65_HS1-834228961_62-HQ-83894_Section_1
Agency: FBI
Page 94
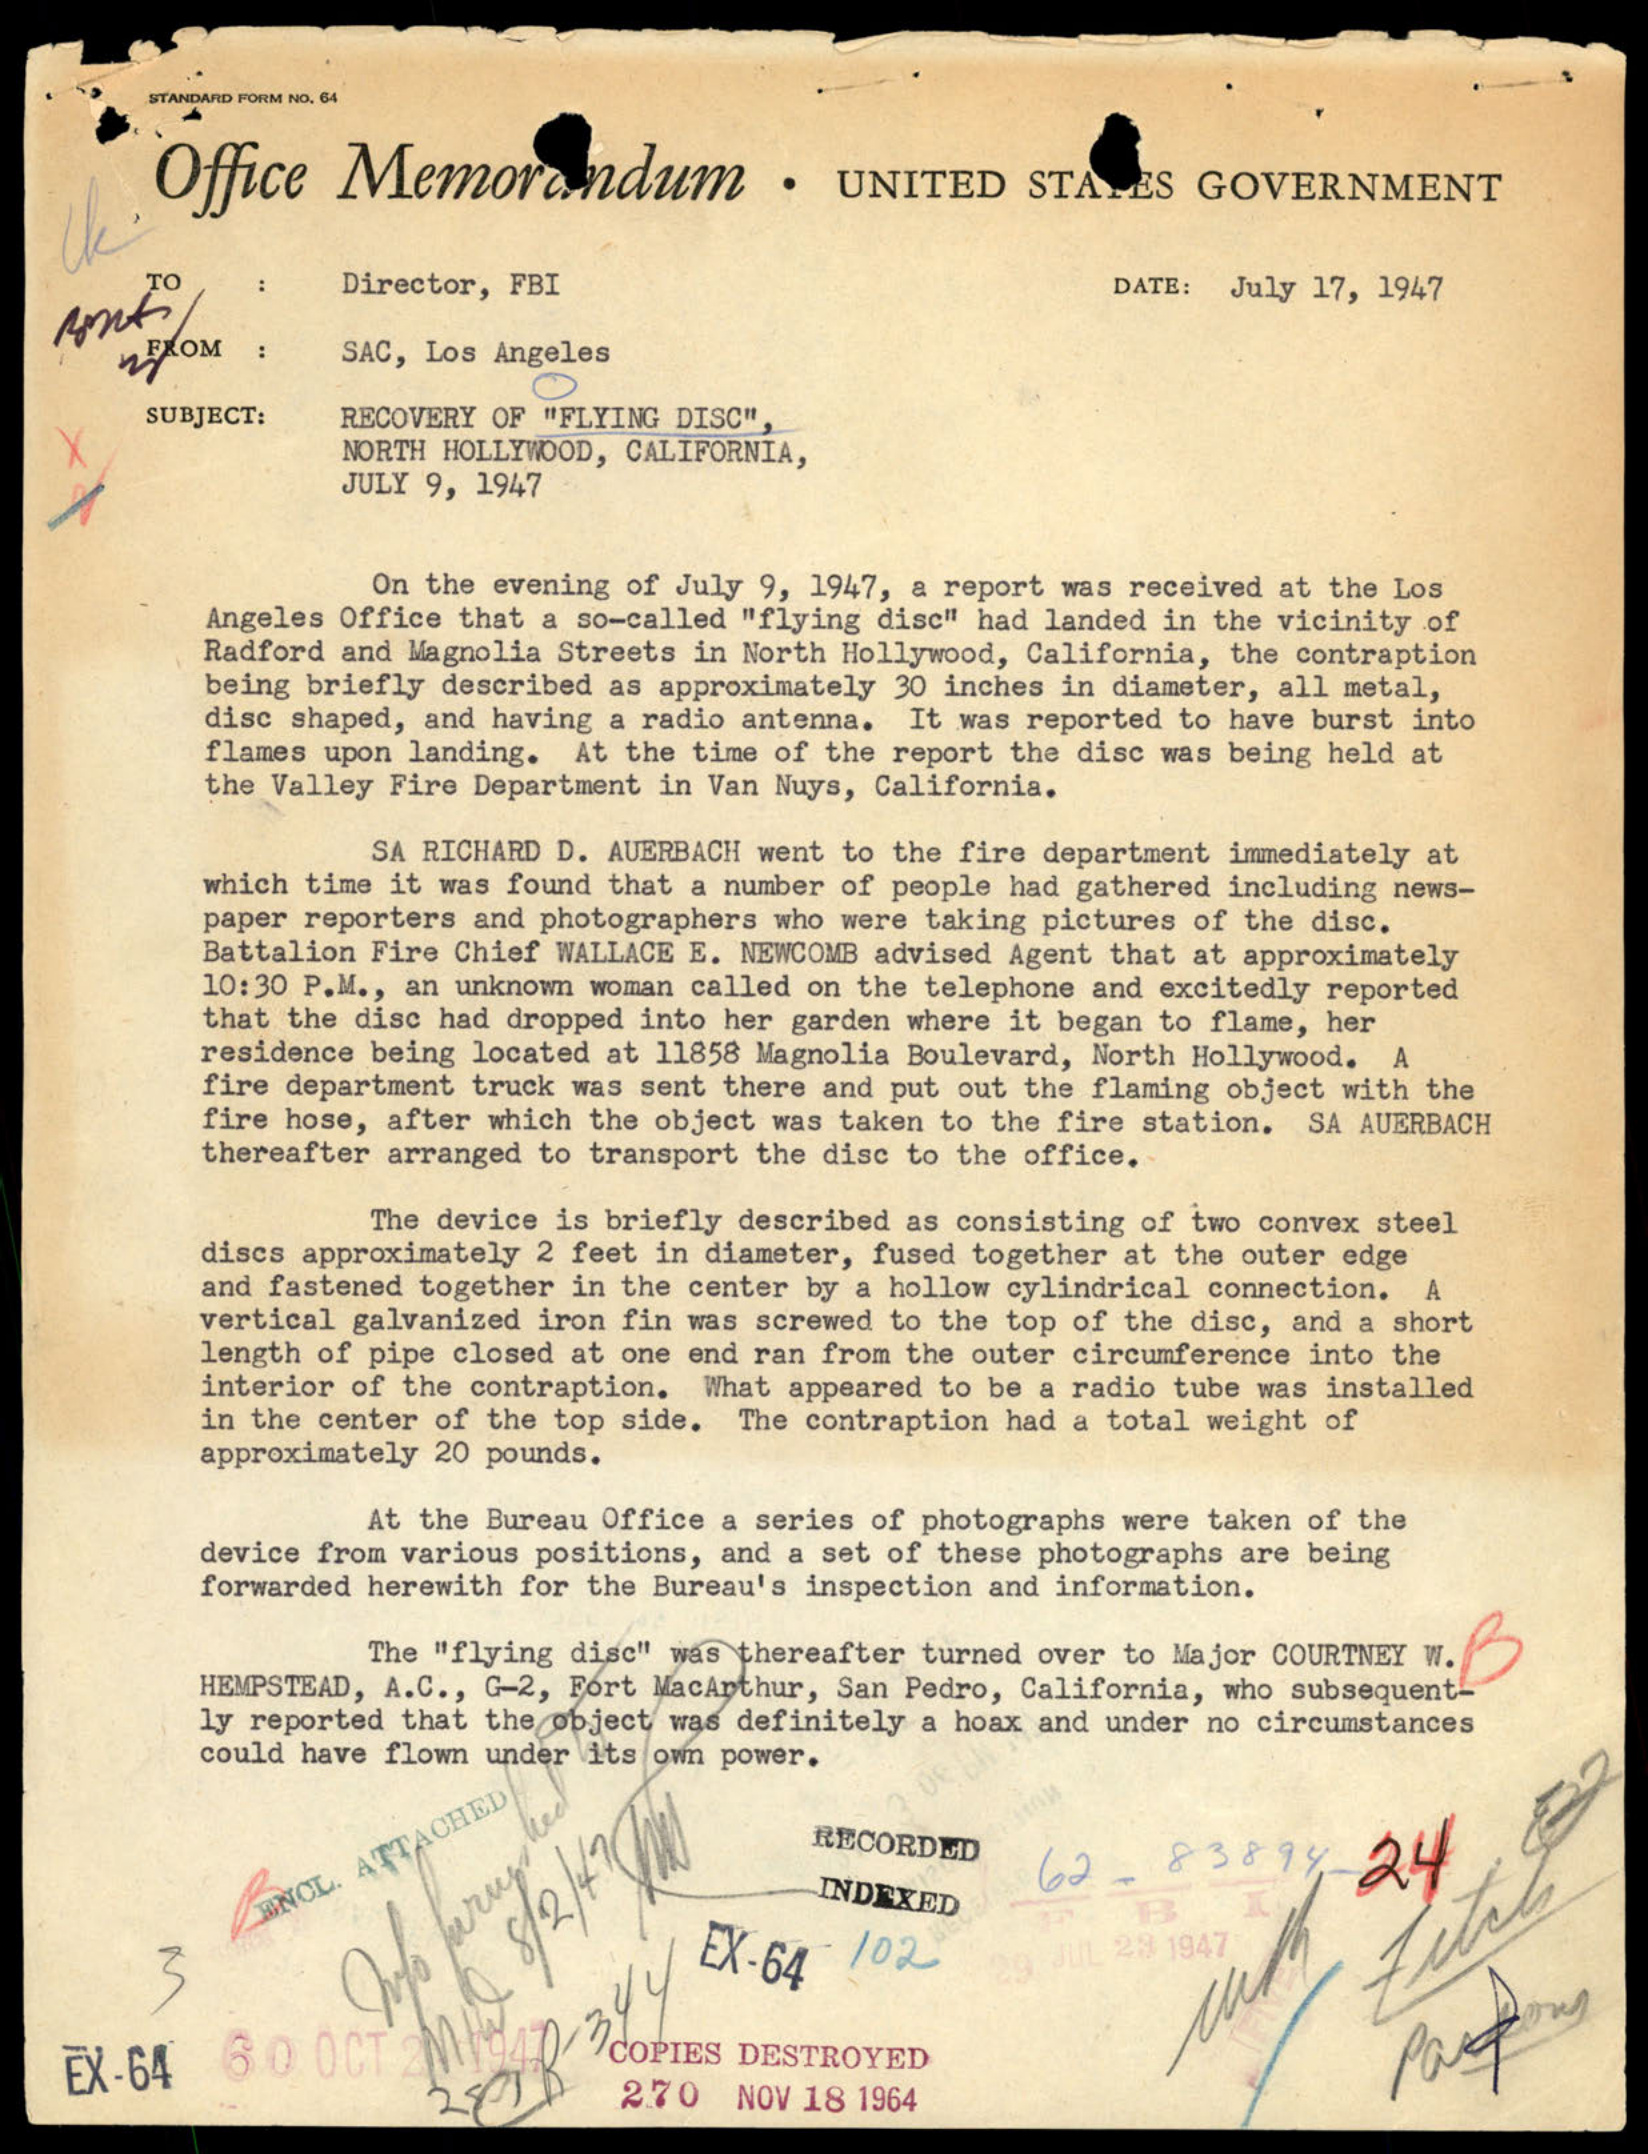